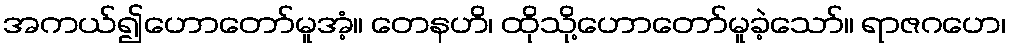
အကယ်၍ဟောတော်မူအံ့။ တေနဟိ၊ ထိုသို့ဟောတော်မူခဲ့သော်။ ရာဇဂဟေ၊